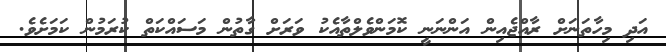
އަދި މިހާތަނަށް ރާއްޖެއިން އަންނަނީ ކޮމަންވެލްތާއެކު ވަރަށް ގާތުން މަސައްކަތް ކުރަމުން ކަމަށެވެ.